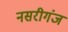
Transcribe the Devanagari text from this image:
नसरीगंज